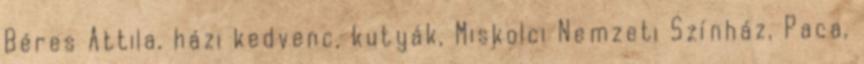
Béres Attila, házi kedvenc, kutyák, Miskolci Nemzeti Színház, Paca,